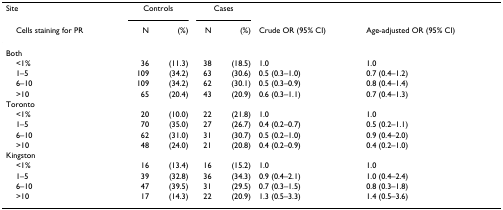
<table><thead><tr><td><b>Site</b></td><td colspan="2"><b>Controls</b></td><td colspan="2"><b>Cases</b></td><td></td><td></td></tr><tr><td><b> Cells staining for PR</b></td><td><b>N</b></td><td><b>(%)</b></td><td><b>N</b></td><td><b>(%)</b></td><td><b>Crude OR (95% CI)</b></td><td><b>Age-adjusted OR (95% CI)</b></td></tr></thead><tbody><tr><td>Both</td><td></td><td></td><td></td><td></td><td></td><td></td></tr><tr><td> &lt;1%</td><td>36</td><td>(11.3)</td><td>38</td><td>(18.5)</td><td>1.0</td><td>1.0</td></tr><tr><td> 1–5</td><td>109</td><td>(34.2)</td><td>63</td><td>(30.6)</td><td>0.5 (0.3–1.0)</td><td>0.7 (0.4–1.2)</td></tr><tr><td> 6–10</td><td>109</td><td>(34.2)</td><td>62</td><td>(30.1)</td><td>0.5 (0.3–0.9)</td><td>0.8 (0.4–1.4)</td></tr><tr><td> &gt;10</td><td>65</td><td>(20.4)</td><td>43</td><td>(20.9)</td><td>0.6 (0.3–1.1)</td><td>0.7 (0.4–1.3)</td></tr><tr><td>Toronto</td><td></td><td></td><td></td><td></td><td></td><td></td></tr><tr><td> &lt;1%</td><td>20</td><td>(10.0)</td><td>22</td><td>(21.8)</td><td>1.0</td><td>1.0</td></tr><tr><td> 1–5</td><td>70</td><td>(35.0)</td><td>27</td><td>(26.7)</td><td>0.4 (0.2–0.7)</td><td>0.5 (0.2–1.1)</td></tr><tr><td> 6–10</td><td>62</td><td>(31.0)</td><td>31</td><td>(30.7)</td><td>0.5 (0.2–1.0)</td><td>0.9 (0.4–2.0)</td></tr><tr><td> &gt;10</td><td>48</td><td>(24.0)</td><td>21</td><td>(20.8)</td><td>0.4 (0.2–0.9)</td><td>0.4 (0.2–1.0)</td></tr><tr><td>Kingston</td><td></td><td></td><td></td><td></td><td></td><td></td></tr><tr><td> &lt;1%</td><td>16</td><td>(13.4)</td><td>16</td><td>(15.2)</td><td>1.0</td><td>1.0</td></tr><tr><td> 1–5</td><td>39</td><td>(32.8)</td><td>36</td><td>(34.3)</td><td>0.9 (0.4–2.1)</td><td>1.0 (0.4–2.4)</td></tr><tr><td> 6–10</td><td>47</td><td>(39.5)</td><td>31</td><td>(29.5)</td><td>0.7 (0.3–1.5)</td><td>0.8 (0.3–1.8)</td></tr><tr><td> &gt;10</td><td>17</td><td>(14.3)</td><td>22</td><td>(20.9)</td><td>1.3 (0.5–3.3)</td><td>1.4 (0.5–3.6)</td></tr></tbody></table>